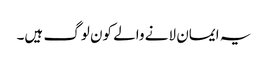
یہ ایمان لانے والے کون لوگ ہیں۔